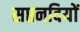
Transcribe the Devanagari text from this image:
सप्तनदियों